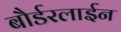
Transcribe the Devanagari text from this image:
बौर्डरलाईन